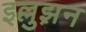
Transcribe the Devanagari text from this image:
इल्लुझ़न